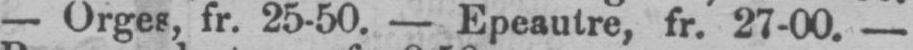
- Orges, fr. 25-50. - Epeautre, fr. 27-00. -